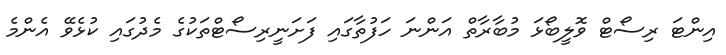
އިންޓަ ރިސޯޓް ވޮލީބޯޅަ މުބާރާތް އަންނަ ހަފުތާގައި ފަށަނީރިސޯޓްތަކުގެ މެދުގައި ކުޅެވޭ އެންމެ